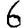
Digit: 6